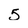
Character: 5